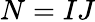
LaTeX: N=IJ